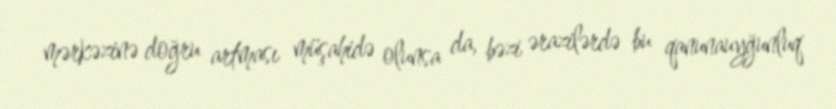
mərkəzinə doğru artması müşahidə olunsa da, bəzi ərazilərdə bu qanunauyğunluq